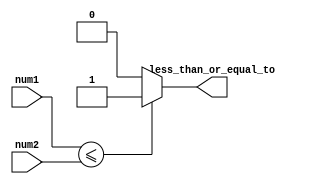
module comparator (
  input [7:0] num1,
  input [7:0] num2,
  output reg less_than_or_equal_to
);

  always @* begin
    if (num1 <= num2)
      less_than_or_equal_to = 1;
    else
      less_than_or_equal_to = 0;
  end

endmodule